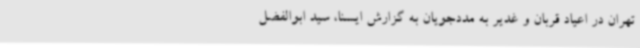
تهران در اعیاد قربان و غدیر به مددجویان به گزارش ایسنا، سید ابوالفضل